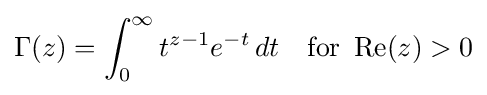
\Gamma (z)=\int _{0}^{\infty }t^{z-1}e^{-t}\,dt\quad {\text{for }}\operatorname {Re} (z)>0